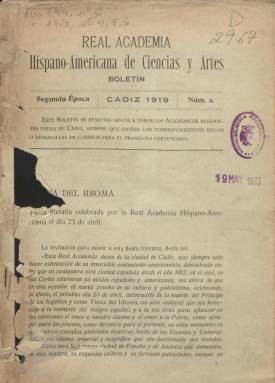
Título: Boletín de la Real Academia Hispano-Americana de Ciencias y Artes
Otros títulos: Boletín || Boletín de la Real Academia Hispano Americana de Ciencias y Artes
Colección: Anuarios e informes || Ciencias || Arte
Ámbito geográfico: Cádiz
Lugar de publicación: Cádiz
Fechas: 01/01/1919-31/12/1930

Es continuación de Revista de la Real Academia Hispano-Americana de Ciencias y Artes, que estuvo publicándose a partir de la inauguración oficial de esta entidad, en 1910, hasta 1916, título este que también forma parte de la colección de la Biblioteca Nacional de España (BNE). A partir de 1919, comenzará a editarse este Boletín, iniciando así este “órgano oficial” de la academia americanista con sede en Cádiz, una segunda época, y, desde 1922, una tercera, conociéndose que se publicaba todavía en 1933. En la colección de la BNE de este Boletín faltan los años completos de 1921 y de 1926 a 1928, sin saberse si durante los mismos dejó de aparecer, ya que, además, los otros años están incompletos. La última entrega en la colección es doble, correspondiendo a los números 42 y 43, y al año 1930, pues las entregas no indican los meses a los que corresponden.

Su frecuencia de aparición debió ser variada –aunque, probablemente, fuera mensual, excepto los meses de verano– así como la paginación de sus números, que era continuada cada año. Suelen llevar una cubierta, en la que va estampado el mismo grabado que llevaba la de la Revista. Compuestas sus páginas a una columna, también inserta fotograbados, generalmente fuera de texto y como láminas, tanto de retratos, como de los actos que celebraba la academia, entre otros. El objeto de la institución era “cultivar las relaciones artísticas, literarias y científicas entre España y América”, y forma parte del denominado movimiento americanista para el intercambio de actividades culturales y científicas de sus miembros, entre los que se encontraban los correspondientes a los países de América y Filipinas. El Boletín se remitía gratis a todos los académicos residentes fuera de Cádiz.

Era entonces director de la academia el americanista Pelayo Quintero y Atauri; vicedirectores, José María de Olaguer-Feliú y Enrique Martínez Ruiz de Azúa; consiliarios, Victorio Molina Pastoriza, José M. Pérez Sarmiento y Eugenio Domaica y Martínez de Doroño, y secretarios, Julio Moro Morgado, Joaquín Fernández Repto y Sebastián Ayala y Pérez-Lazo, actuando éste como director del Boletín. Eran académicas de esta institución las poetas Patrocinio de Biedma y Emma Calderón y Gálvez, o José Ortega y Munilla, entre otros muchos.

Además de publicar artículos de historia o literatura y de temática variada, especialmente relativa al americanismo, así como composiciones poéticas, la publicación tiene una Sección Oficial, en donde da cuenta de la actividad de la academia, de las reuniones de sus juntas, memorias, informes, ingresos de nuevos miembros (protectores, de mérito, correspondientes, de honor, etc.) y sus recepciones, así como las secciones de Noticias y la de Obras recibidas en su biblioteca.

Publica también los textos de discursos y conferencias ofrecidos en los distintos eventos culturales que organizaba o impulsaba la entidad, especialmente los referidos al día 23 de abril de cada año, con motivo de la conmemoración del fallecimiento de Cervantes y al que se le denomina Fiesta del Idioma, o a los del día 12 de octubre, al que se le había empezado a denominar como Fiesta de la Raza (posteriormente de la hispanidad). Para darse una ligera idea de algunos de los textos que también publica en sus páginas citamos los que llevan los títulos Causas y consecuencias de la revolución americana, El arte en Nueva España, ¡Qué se lleven los restos de Cortés!, Aportación de los españoles al Nuevo Mundo o El centenario del Cid. La academia, que en 1919 había conmemorado el décimo aniversario de su creación, también celebrará veladas literarias, concursos y otros certámenes, de los que dará cuenta en su Boletín.

La BNE tiene también como fondo las colecciones de la Revista de la Real Academia Hispanoamericana de Ciencias y Artes, que su sección de Madrid editó en la capital española entre 1921 y 1922, y de la Revista hispanoamericana de ciencias, letras y artes, entre 1924 y 1936, ambas con periodicidad mensual; así como un Anuario, en esa década de los veinte. Así mismo, la academia publicará monografías sobre sus reglamentos, veladas artístico-literarias (1910), reseñas de algunas de sus juntas (1913 y 1917) o de discursos de recepción (1915, 1918 ó 1936), entre otras. A partir de 2011, comienza de nuevo a editar como “órgano oficial” y con frecuencia anual Revista hispanoamericana, al que se puede acceder a través de su web.